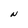
Character: N